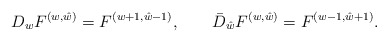
\begin{align*}{D_w F^{(w,\hat w)} = F^{(w+1,\hat w -1)}, \qquad\bar D_{\hat w} F^{(w,\hat w)} = F^{(w-1,\hat w+1)}.}\end{align*}